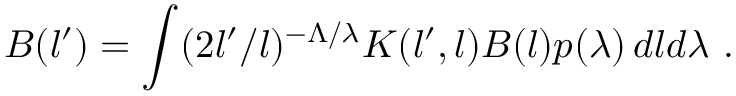
B ( l ^ { \prime } ) = \int ( 2 l ^ { \prime } / l ) ^ { - \Lambda / \lambda } K ( l ^ { \prime } , l ) B ( l ) p ( \lambda ) \, d l d \lambda \ .